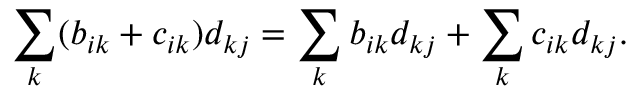
\sum _ { k } ( b _ { i k } + c _ { i k } ) d _ { k j } = \sum _ { k } b _ { i k } d _ { k j } + \sum _ { k } c _ { i k } d _ { k j } .